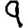
Digit: 9